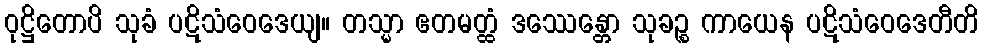
ဝုဋ္ဌိတောပိ သုခံ ပဋိသံဝေဒေယျ။ တသ္မာ ဧတမတ္ထံ ဒဿေန္တော သုခဉ္စ ကာယေန ပဋိသံဝေဒေတီတိ